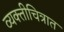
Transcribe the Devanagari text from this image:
व्यक्तीचित्रात